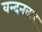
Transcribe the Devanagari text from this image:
वन्‍दनवार